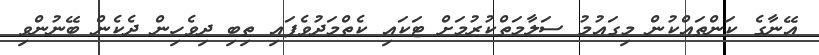
އޭނާގެ ކަންތައްކުން މިގައުމު ސަލާމަތްކުރުމަށް ޓަކައި ކެތްމަދުވެފައި ތިބި ދިވެހިން ދެކެން ބޭނުންވި